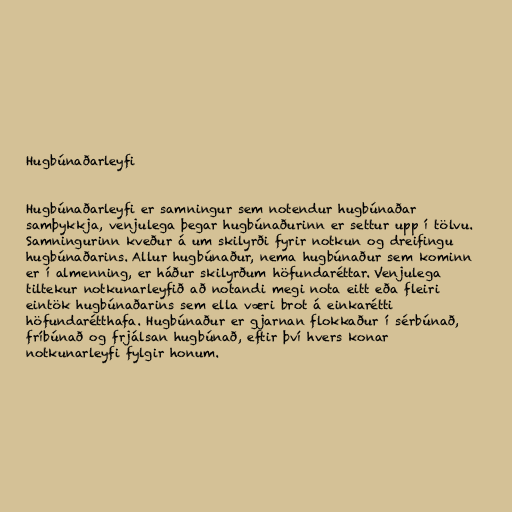
Hugbúnaðarleyfi

Hugbúnaðarleyfi er samningur sem notendur hugbúnaðar
samþykkja, venjulega þegar hugbúnaðurinn er settur upp í tölvu.
Samningurinn kveður á um skilyrði fyrir notkun og dreifingu
hugbúnaðarins. Allur hugbúnaður, nema hugbúnaður sem kominn
er í almenning, er háður skilyrðum höfundaréttar. Venjulega
tiltekur notkunarleyfið að notandi megi nota eitt eða fleiri
eintök hugbúnaðarins sem ella væri brot á einkarétti
höfundarétthafa. Hugbúnaður er gjarnan flokkaður í sérbúnað,
fríbúnað og frjálsan hugbúnað, eftir því hvers konar
notkunarleyfi fylgir honum.